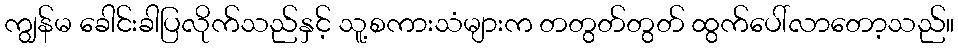
ကျွန်မ ခေါင်းခါပြလိုက်သည်နှင့် သူ့စကားသံများက တတွတ်တွတ် ထွက်ပေါ်လာတော့သည်။